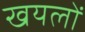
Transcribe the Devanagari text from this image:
खयलों